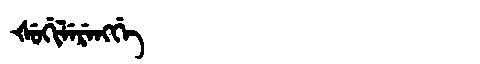
Manchu: ᡧᡠᡤᡳᠯᡝᡵᡝᠩᡤᡝ
Romanization: ŠUGILERENGGE